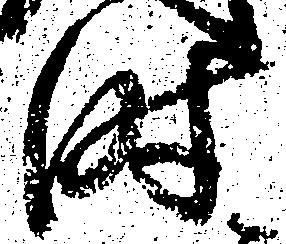
時